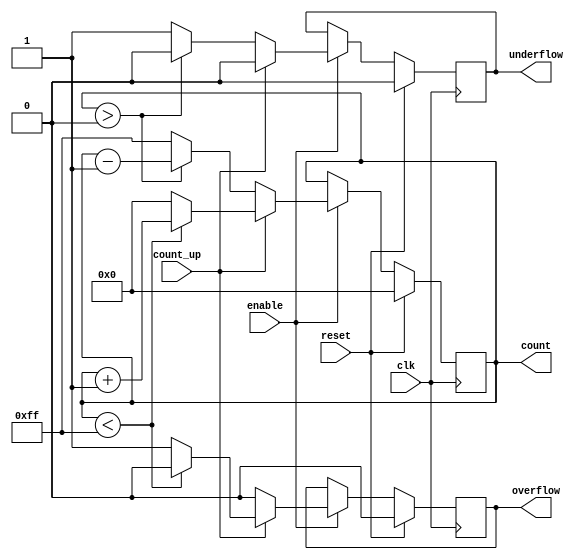
module binary_counter #(
    parameter WIDTH = 8 // Configurable bit width (default is 8 bits)
)(
    input wire clk,          // Clock input
    input wire reset,        // Synchronous reset
    input wire enable,       // Enable signal
    input wire count_up,     // Count up direction control
    output reg [WIDTH-1:0] count, // Current count value
    output reg overflow,      // Overflow flag
    output reg underflow      // Underflow flag
);

    // Maximum and minimum values based on the bit width
    localparam MAX_VALUE = (1 << WIDTH) - 1; // 2^WIDTH - 1
    localparam MIN_VALUE = 0;

    // Synchronous reset and counting logic
    always @(posedge clk) begin
        if (reset) begin
            count <= 0; // Reset count to zero
            overflow <= 0; // Reset overflow flag
            underflow <= 0; // Reset underflow flag
        end else if (enable) begin
            if (count_up) begin
                if (count < MAX_VALUE) begin
                    count <= count + 1; // Increment count
                    overflow <= 0; // Reset overflow flag
                end else begin
                    count <= 0; // Wrap around
                    overflow <= 1; // Set overflow flag
                end
                underflow <= 0; // Reset underflow flag
            end else begin
                if (count > MIN_VALUE) begin
                    count <= count - 1; // Decrement count
                    underflow <= 0; // Reset underflow flag
                end else begin
                    count <= MAX_VALUE; // Wrap around to max
                    underflow <= 1; // Set underflow flag
                end
                overflow <= 0; // Reset overflow flag
            end
        end
    end

endmodule